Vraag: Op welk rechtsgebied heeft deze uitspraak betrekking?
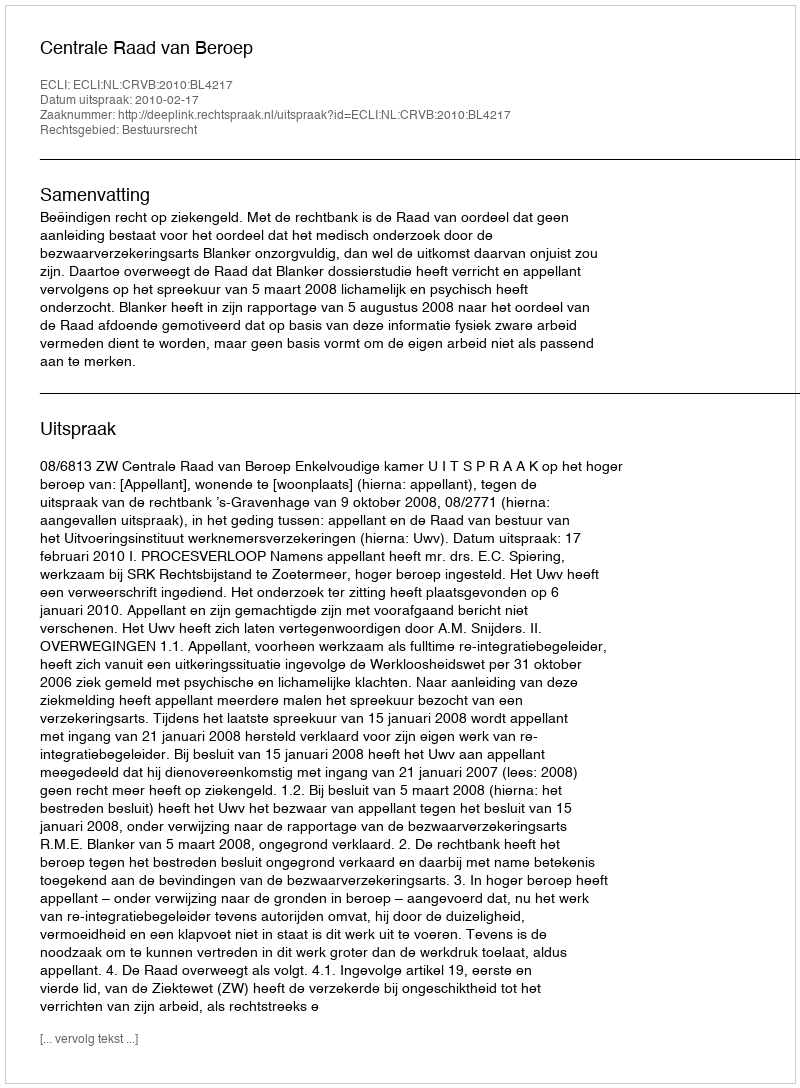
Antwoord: Bestuursrecht